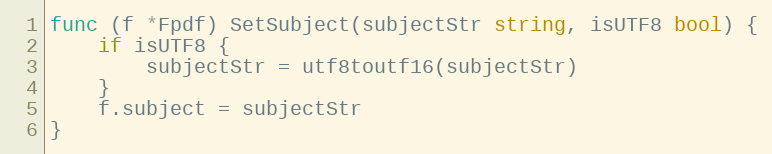
Language: Go
func (f *Fpdf) SetSubject(subjectStr string, isUTF8 bool) {
	if isUTF8 {
		subjectStr = utf8toutf16(subjectStr)
	}
	f.subject = subjectStr
}